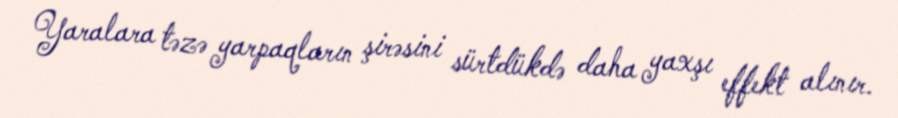
Yaralara təzə yarpaqların şirəsini sürtdükdə daha yaxşı effekt alınır.